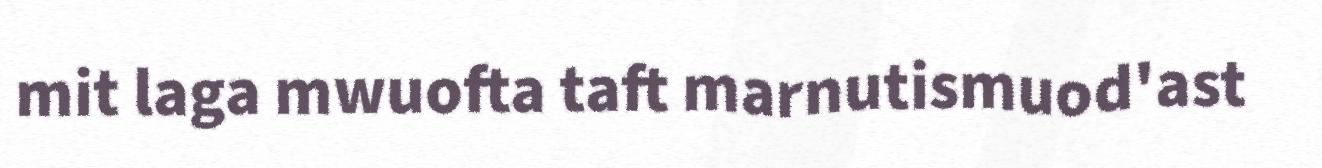
mit laga mwuofta taft marnutismuod'ast